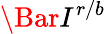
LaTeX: \Bar{I}^{r/b}